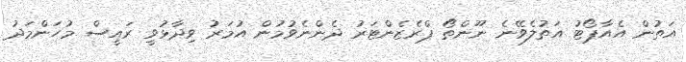
އަތުން އެއާޕޯޓު އަތުލެވޭނެ ނޫންތޯ ޕްރެޒެންޓަރު ދެންނެވުމުން އުމަރު ވިދާޅުވީ ރައީސް މުހަންމަދު